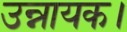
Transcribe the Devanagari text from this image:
उन्नायक।